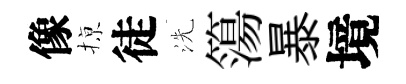
像𢱊徒洗簜暴境